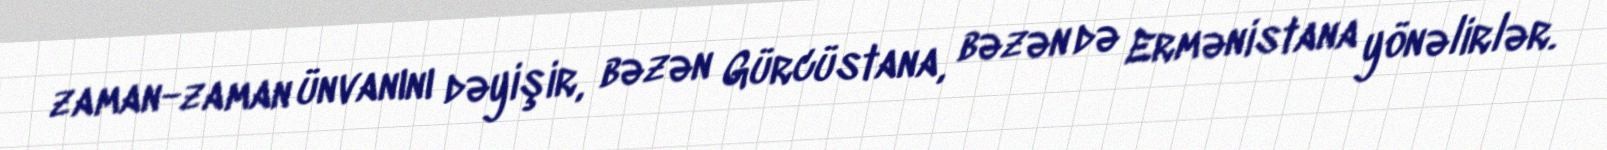
zaman-zaman ünvanını dəyişir, bəzən Gürcüstana, bəzən də Ermənistana yönəlirlər.